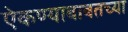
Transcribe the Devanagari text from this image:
ऐकण्याबाबतच्या